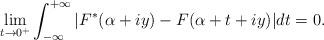
LaTeX: \begin{align*} \lim_{t\to 0^+}\int_{-\infty}^{+\infty} \vert F^*(\alpha +iy)-F(\alpha+t+iy)\vert dt=0.\end{align*}